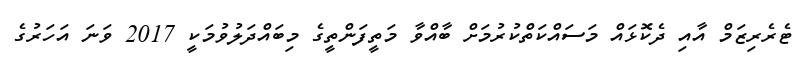
ޓެރެރިޒަމް އާއި ދެކޮޅައް މަސައްކަތްކުރުމަށް ބާއްވާ މަތީފަންތީގެ މިބައްދަލުވުމަކީ 2017 ވަނަ އަހަރުގެ